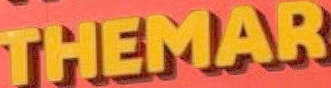
THEMAR